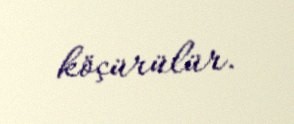
köçürülür.